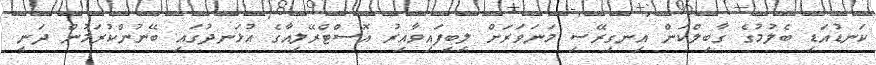
ކަނޑުއަޑި ބެލުމުގެ ގާބިލްކަން އިނގިރޭސި މަނަވަރަށް ލިިބިފައިވާއިރު އޮސްޓްރޭލިއާގެ އުޅަނދުގައި ބޭނުންކުރަމުން ދަނީ